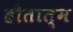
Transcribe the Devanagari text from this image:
हौतात्म